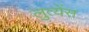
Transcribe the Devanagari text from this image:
लुत्येंस